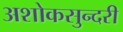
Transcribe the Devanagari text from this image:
अशोकसुन्दरी